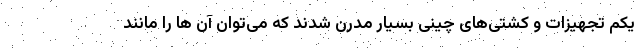
یکم تجهیزات و کشتی‌های چینی بسیار مدرن شدند که می‌توان آن ها را مانند